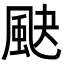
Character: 䫼